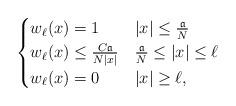
LaTeX: \begin{align*}\begin{cases}w_\ell(x)=1&|x|\le \frac{\mathfrak{a}}{N}\\w_\ell(x)\le\frac{C\mathfrak{a}}{N|x|}&\frac{\mathfrak{a}}{N}\le|x|\le \ell\\w_\ell(x)=0&|x|\ge \ell,\end{cases}\end{align*}